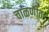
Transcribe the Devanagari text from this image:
चाळणीत